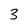
Character: 3